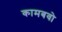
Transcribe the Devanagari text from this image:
कामबवो